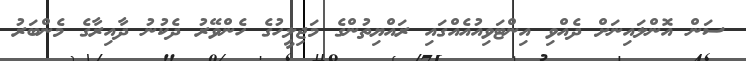
ސަން އޮންލައިނަށް ދެއްވި އިންޓަވިއުއެއްގައި ރައްޔިތުންގެ މަޖިލީހުގެ ހެންވޭރު ދެކުނު ދާއިރާގެ މެންބަރު